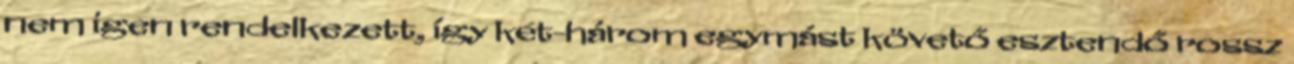
nem igen rendelkezett, így két-három egymást követő esztendő rossz